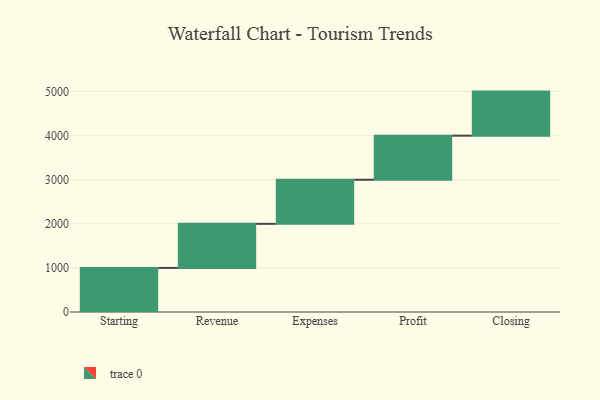
{"axis": {"x": "Step", "y": "Value"}, "legend": [""], "data": [{"x": "Starting", "y": 1000, "type": ""}, {"x": "Revenue", "y": 1000, "type": ""}, {"x": "Expenses", "y": 1000, "type": ""}, {"x": "Profit", "y": 1000, "type": ""}, {"x": "Closing", "y": 1000, "type": ""}]}